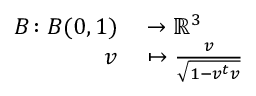
\begin{array} { r l } { B \colon B ( 0 , 1 ) } & { { } \to \mathbb R ^ { 3 } } \\ { v } & { { } \mapsto \frac { v } { \sqrt { 1 - v ^ { t } v } } } \end{array}